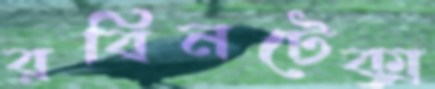
রবিনটেক্স